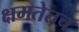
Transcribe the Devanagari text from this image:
क्षमतेतच